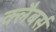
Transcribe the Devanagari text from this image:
क्लैबर्स